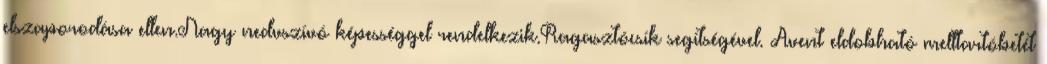
elszaporodása ellen.Nagy nedvszívó képességgel rendelkezik.Ragasztócsík segítségével. Avent eldobható melltartóbetét